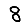
Digit: 8